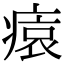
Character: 𤸖